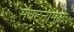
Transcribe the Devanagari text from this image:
संघटनामुळे